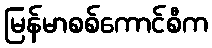
မြန်မာစစ်ကောင်စီက